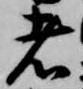
者